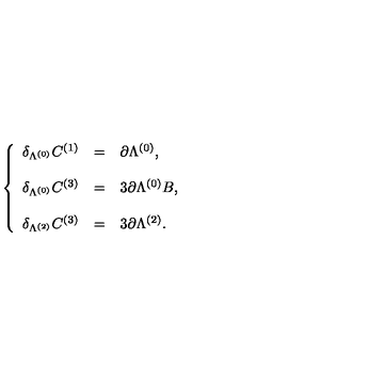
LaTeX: \left\{ \begin{array} { r c l } { \delta _ { \Lambda ^ { ( 0 ) } } C ^ { ( 1 ) } } & { = } & { \partial \Lambda ^ { ( 0 ) } , } \\ { } & { } & { } \\ { \delta _ { \Lambda ^ { ( 0 ) } } C ^ { ( 3 ) } } & { = } & { 3 \partial \Lambda ^ { ( 0 ) } B , } \\ { } & { } & { } \\ { \delta _ { \Lambda ^ { ( 2 ) } } C ^ { ( 3 ) } } & { = } & { 3 \partial \Lambda ^ { ( 2 ) } . } \\ \end{array} \right.